Alphabetical list of drugs, medicines and other preparations free from, and containing, spirit compiled from the results of tests made by the customs houses at Calcutta, Bombay, and Madras
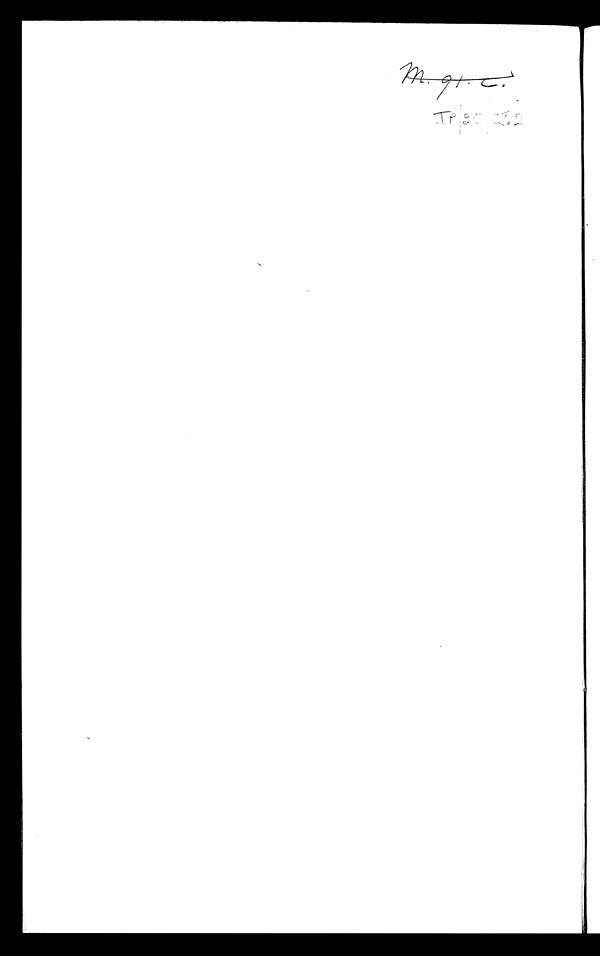
m.91 c .
IP/20 2I.2